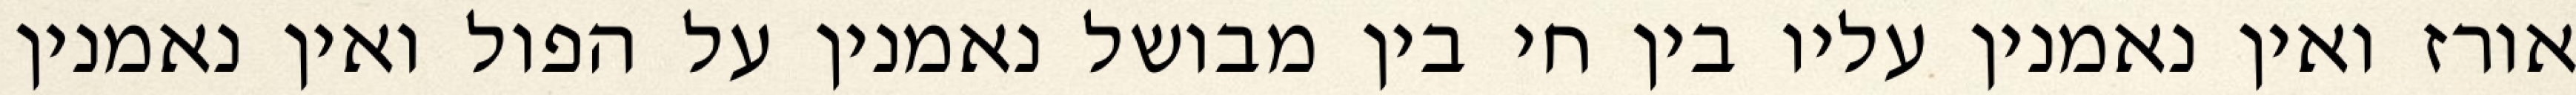
אורז ואין נאמנין עליו בין חי בין מבושל נאמנין על הפול ואין נאמנין